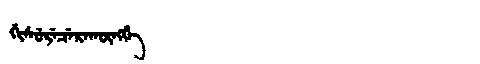
Manchu: ᡤᡳᠰᡠᡵᡝᠴᡝᡵᠠᡴᡡᠩᡤᡝ
Romanization: GISURECERAKŪNGGE